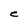
Character: C